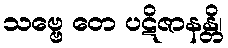
သဗ္ဗေ တေ ပဋိဇာနန္တိ၊